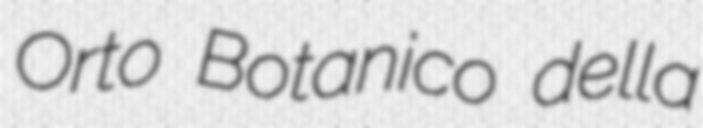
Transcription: Orto Botanico della